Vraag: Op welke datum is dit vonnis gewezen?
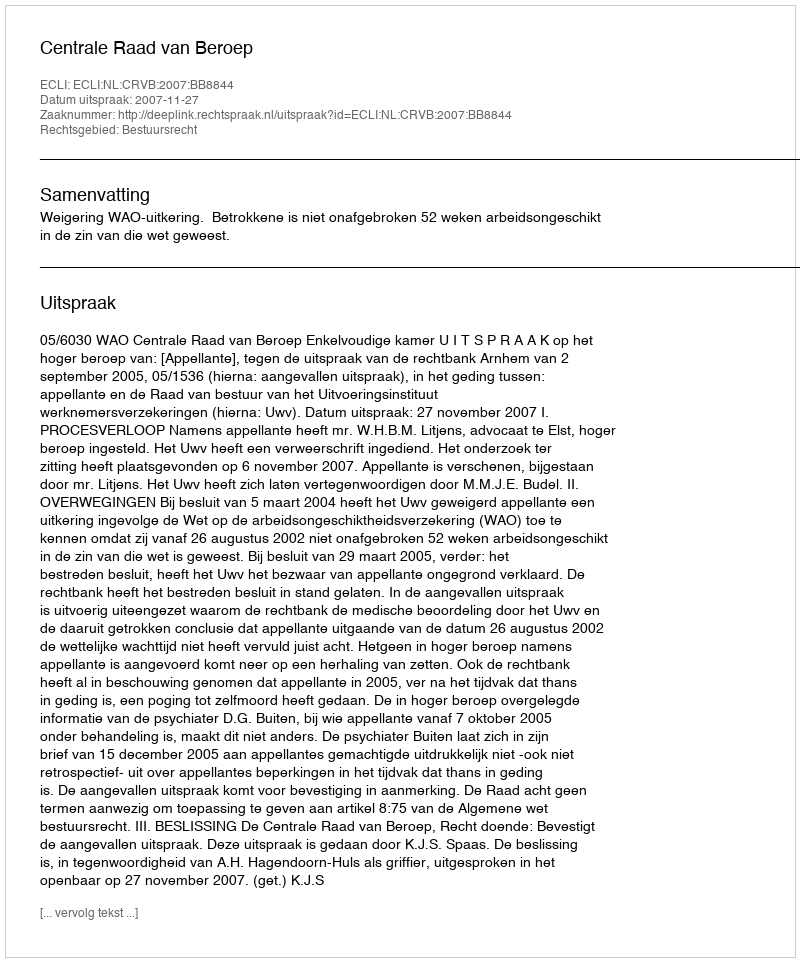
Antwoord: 2007-11-27